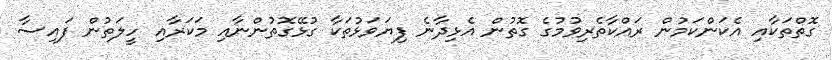
ގޮތްތަކާއި އެކަންކަމުން ރައްކާތެރިވުމުގެ ގޮތުން އެޅިދާނެ ފިޔަވަޅުތަކާ ގުޅޭގޮތުންނާއި މަކަރާއި ހީލަތުން ފައިސާ